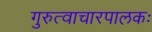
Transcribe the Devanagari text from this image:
गुरुत्वाचारपालकः